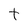
Character: t